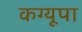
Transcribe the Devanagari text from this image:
कग्‍यूपा